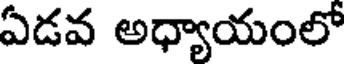
ఏడవ అధ్యాయంలో